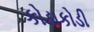
કોડાકોડી